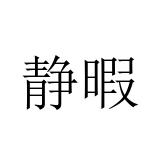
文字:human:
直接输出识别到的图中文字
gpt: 静暇